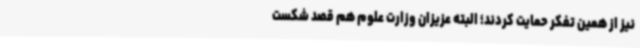
نیز از همین تفکر حمایت کردند؛ البته عزیزان وزارت علوم هم قصد شکست